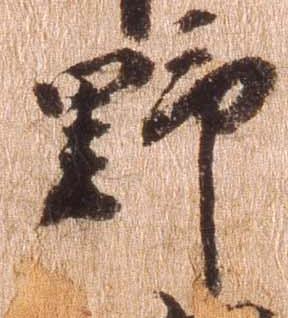
野